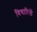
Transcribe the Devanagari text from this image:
विचारिलें